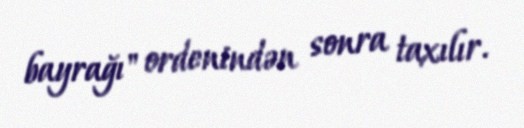
bayrağı" ordenindən sonra taxılır.